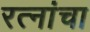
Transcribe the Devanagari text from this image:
रत्नांचा